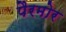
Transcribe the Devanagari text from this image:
पैरमोर